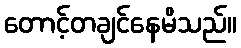
တောင့်တချင်နေမိသည်။